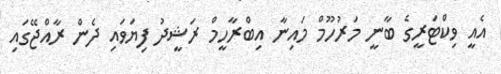
އެއީ ވިކްޓަރީގެ ބާނީ މަރުހޫމް މައިނާ އިބްރާހީމް ރަޝީދު ފިޔަވައި ދެން ރާއްޖޭގައި